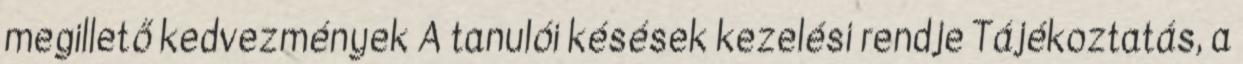
megillető kedvezmények A tanulói késések kezelési rendje Tájékoztatás, a